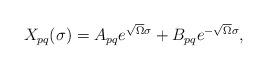
LaTeX: \begin{align*}\begin{array}{lcr}X_{pq}(\sigma) = A_{pq}e^{\sqrt{\Omega} \sigma}+ B_{pq}e^{-\sqrt{\Omega} \sigma} ,\end{array}\end{align*}